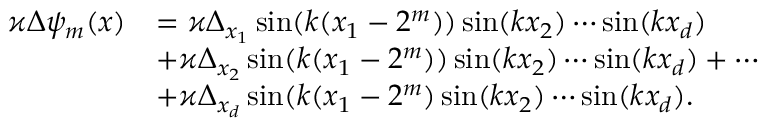
\begin{array} { r l } { \varkappa \Delta \psi _ { m } ( x ) } & { = \varkappa \Delta _ { x _ { 1 } } \sin ( k ( x _ { 1 } - 2 ^ { m } ) ) \sin ( k x _ { 2 } ) \cdots \sin ( k x _ { d } ) } \\ & { + \varkappa \Delta _ { x _ { 2 } } \sin ( k ( x _ { 1 } - 2 ^ { m } ) ) \sin ( k x _ { 2 } ) \cdots \sin ( k x _ { d } ) + \cdots } \\ & { + \varkappa \Delta _ { x _ { d } } \sin ( k ( x _ { 1 } - 2 ^ { m } ) \sin ( k x _ { 2 } ) \cdots \sin ( k x _ { d } ) . } \end{array}